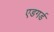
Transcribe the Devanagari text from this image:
एडगर्ड